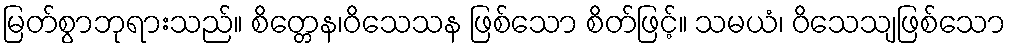
မြတ်စွာဘုရားသည်။ စိတ္တေန၊ဝိသေသန ဖြစ်သော စိတ်ဖြင့်။ သမယံ၊ ဝိသေသျဖြစ်သော